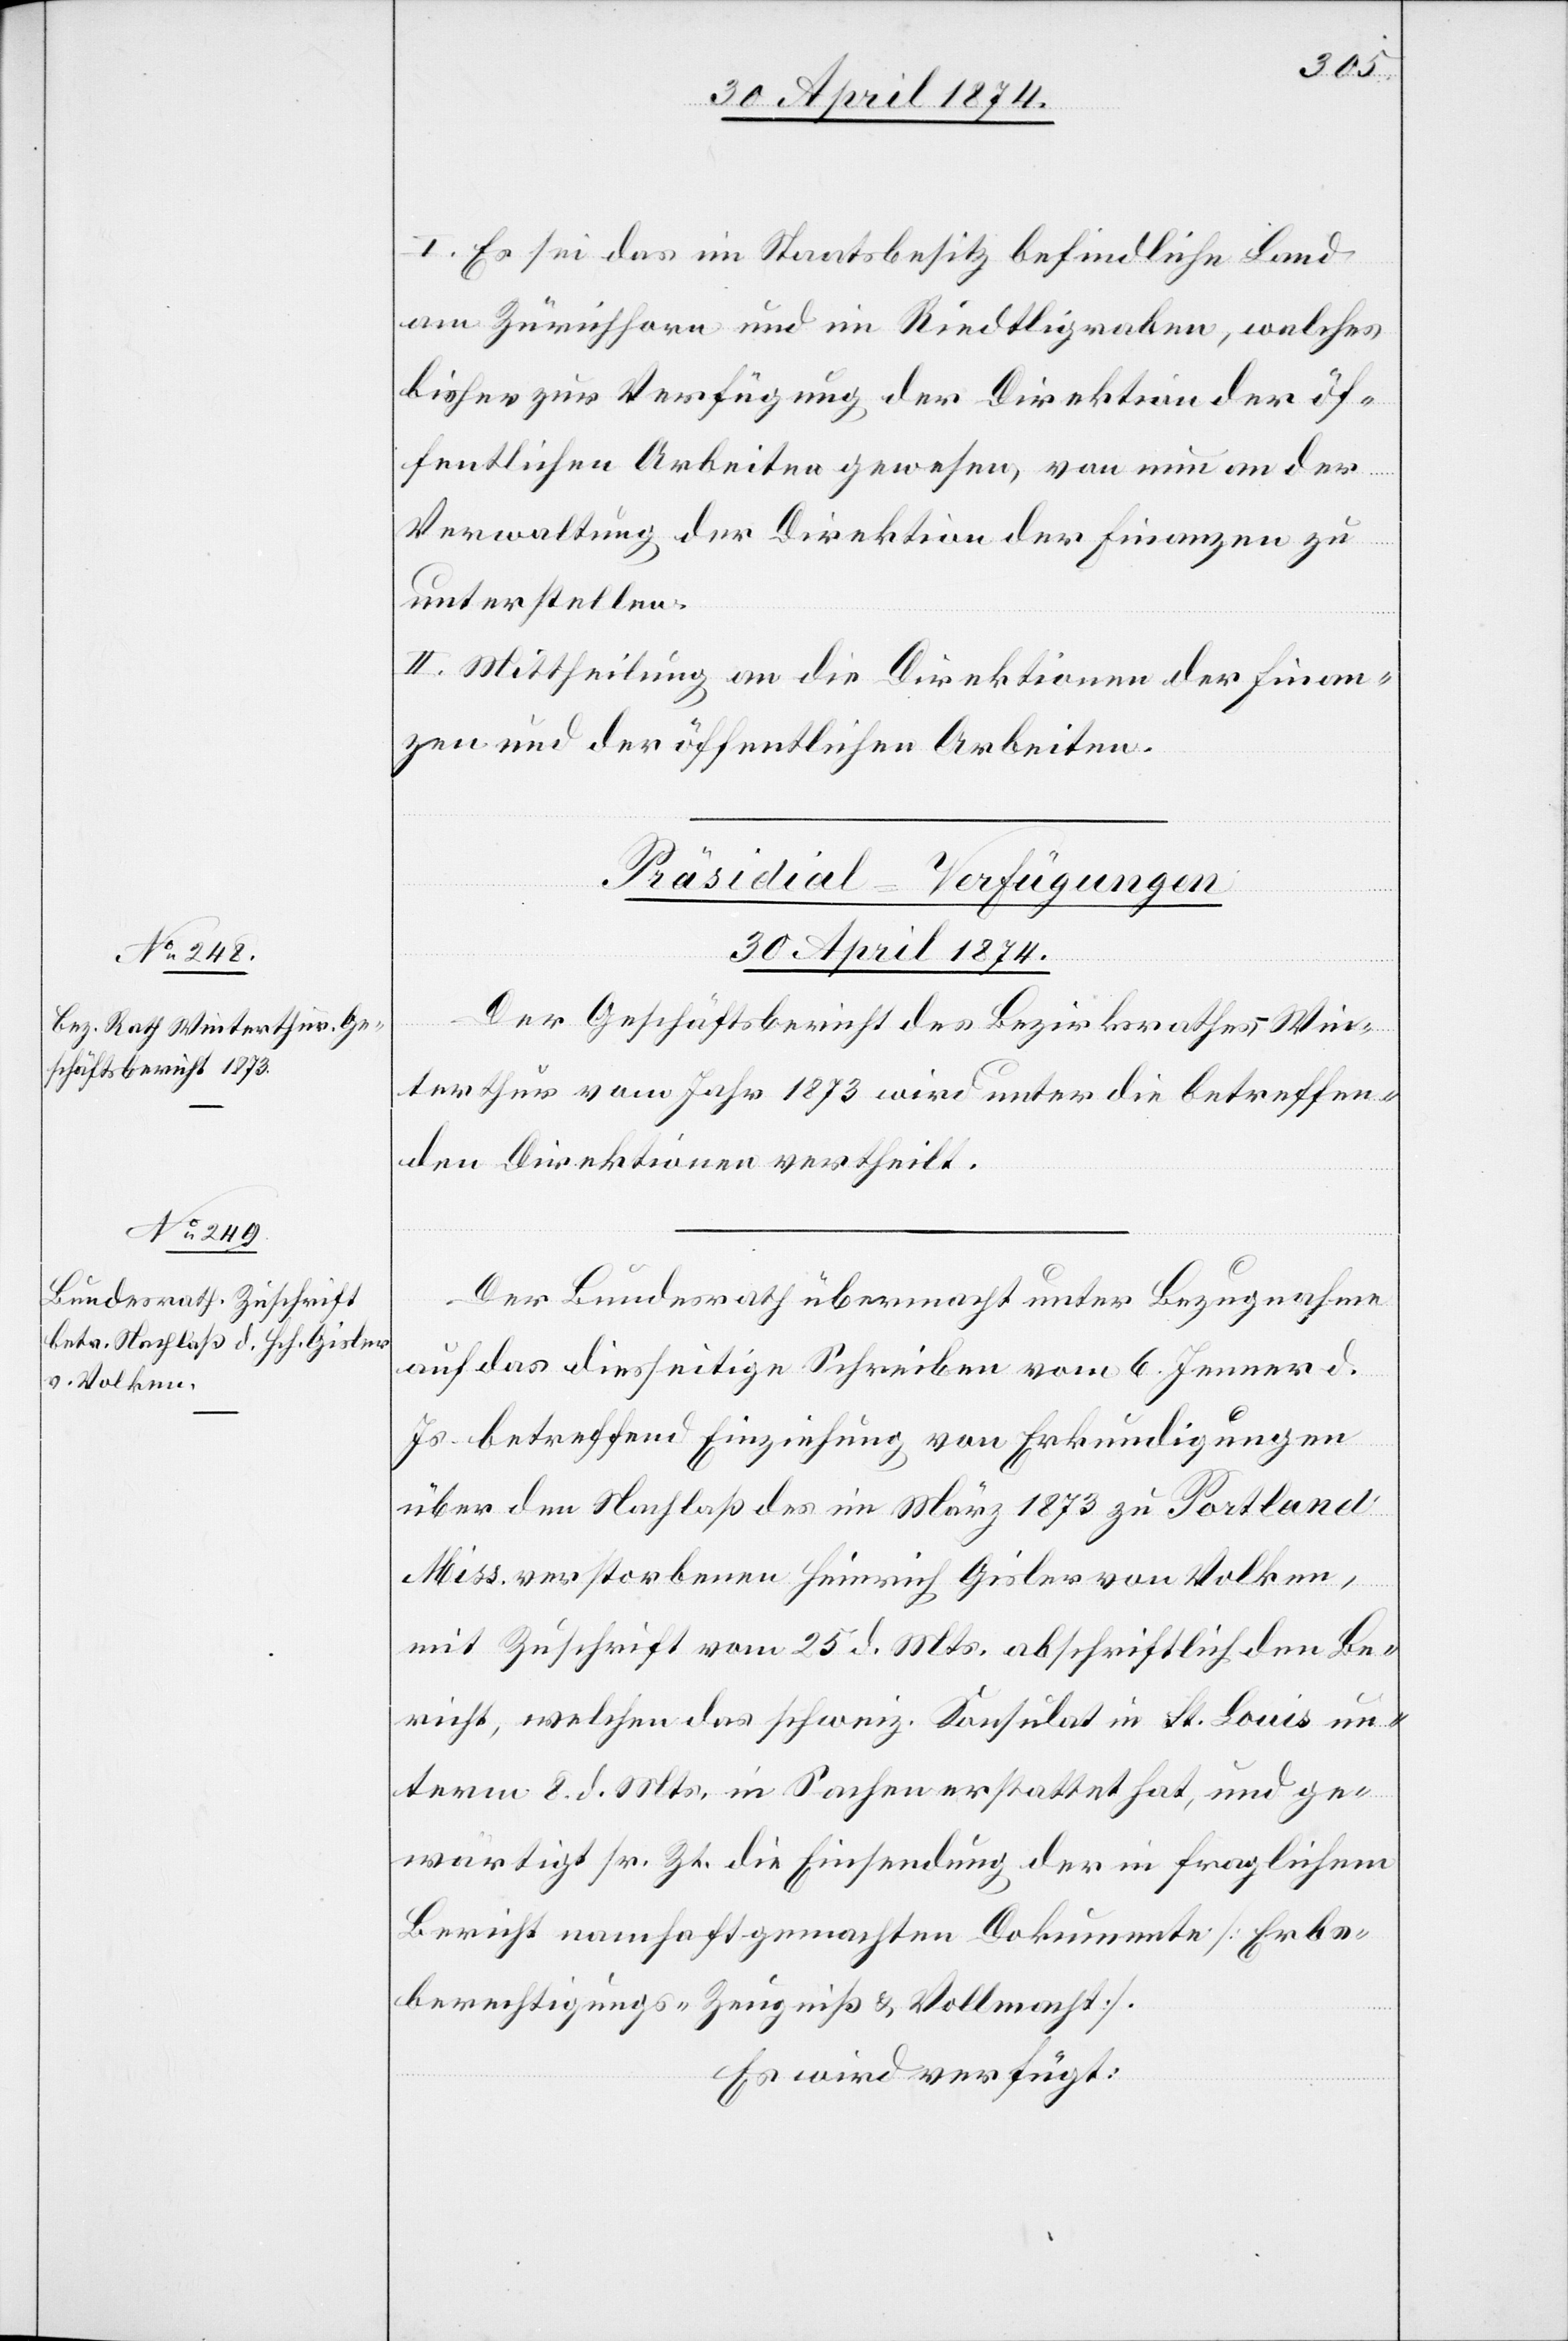
30. April 1874.]
I. Es sei das im Staatsbesitz befindliche Land
am Zürichhorn und im Riedtligraben, welches
bisher zur Verfügung der Direktion der öf¬
fentlichen Arbeiten gewesen, von nun an der
Verwaltung der Direktion der Finanzen zu
unterstellen.
II. Mittheilung an die Direktionen der Finan¬
zen und der öffentlichen Arbeiten.
[Präsidial-Verfügungen
30. April 1874.
Der Geschäftsbericht des Bezirksrathes Win¬
terthur vom Jahr 1873 wird unter die betreffen¬
den Direktionen vertheilt.
Der Bundesrath übermacht unter Bezugnahme
auf das diesseitige Schreiben vom 6. Jenner d.
Js. betreffend Einziehung von Erkundigungen
über den Nachlaß des im März 1873 zu Portland
Miss. verstorbenen Heinrich Gisler von Volken,
mit Zuschrift vom 25. d. Mts. abschriftlich den Be¬
richt, welchen das schweiz. Konsulat in St. Louis un¬
term 8. d. Mts. in Sachen erstattet hat, und ge¬
wärtigt sr. Zt. die Einsendung der in fraglichem
Bericht namhaft gemachten Dokumente [Erbe¬
berechtigungs-Zeugniß u. Vollmacht]
Es wird verfügt: